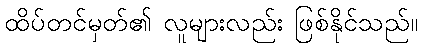
ထိပ်တင်မှတ်၏ လူများလည်း ဖြစ်နိုင်သည်။